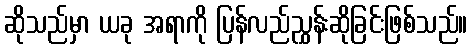
ဆိုသည်မှာ ယခု အရာကို ပြန်လည်ညွှန်းဆိုခြင်းဖြစ်သည်။